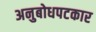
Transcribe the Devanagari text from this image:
अनुबोधपटकार